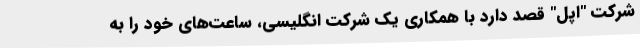
شرکت "اپل" قصد دارد با همکاری یک شرکت انگلیسی، ساعت‌های خود را به